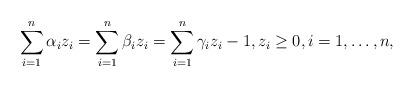
LaTeX: \begin{align*}\sum_{i=1}^n \alpha_i z_i = \sum_{i=1}^n \beta_i z_i = \sum_{i=1}^n \gamma_i z_i - 1, z_i \geq 0, i=1,\dots, n, \end{align*}